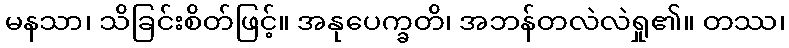
မနသာ၊ သိခြင်းစိတ်ဖြင့်။ အနုပေက္ခတိ၊ အဘန်တလဲလဲရှု၏။ တဿ၊